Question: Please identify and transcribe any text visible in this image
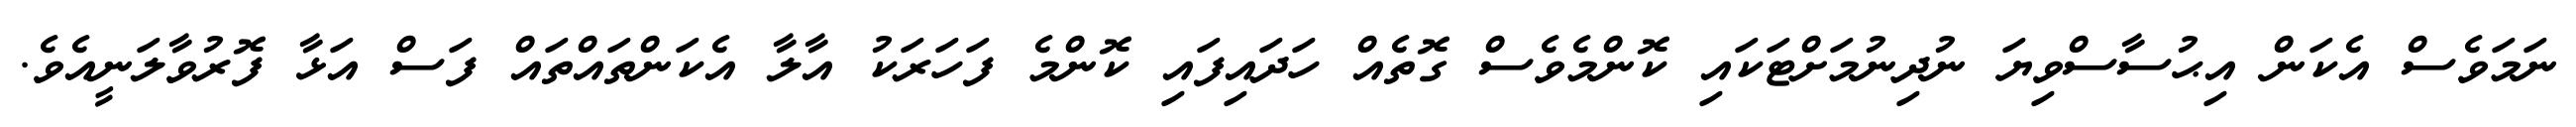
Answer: ނަމަވެސް އެކަން އިޙުސާސްވިޔަ ނުދިނުމަށްޓަކައި ކޮންމެވެސް ގޮތެއް ހަދައިފައި ކޮންމެ ފަހަރަކު އާލާ އެކަންތައްތައް ފަސް އަޅާ ފޮރުވާލަނީއެވެ.